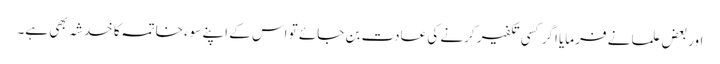
اوربعض علما نے فرمایا اگر کسی تکفیر کرنے کی عادت بن جائے تو اس کے اپنے سوء خاتمہ کا خدشہ بھی ہے۔